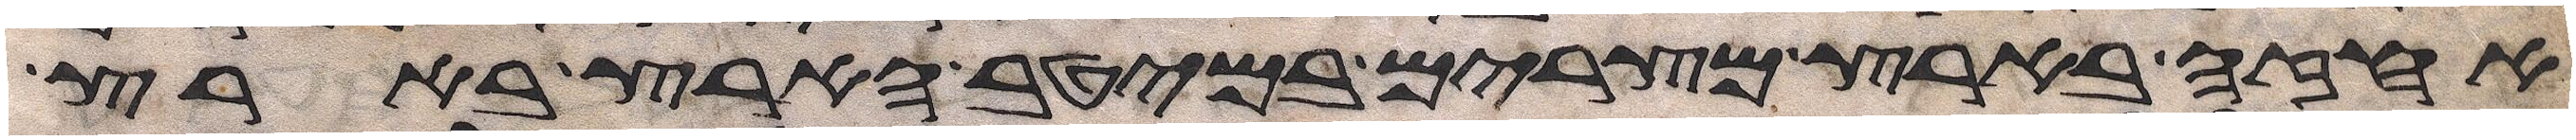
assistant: אחזה בארץ מצרים במיטב הארץ בארץ